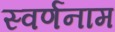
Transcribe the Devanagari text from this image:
स्वर्णनाम